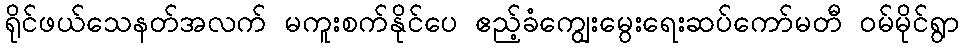
ရိုင်ဖယ်သေနတ်အလက် မကူးစက်နိုင်ပေ ဧည့်ခံကျွေးမွေးရေးဆပ်ကော်မတီ ဝမ်မိုင်ရွာ